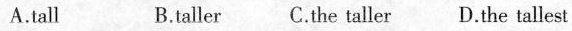
A.tall B.taller C.the taller D.the tallest